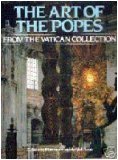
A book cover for Art Of The Popes From The Vatican; Rh Value Publishing; Travel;